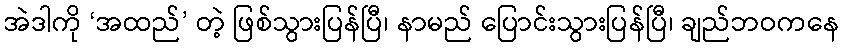
အဲဒါကို ‘အထည်’ တဲ့ ဖြစ်သွားပြန်ပြီ၊ နာမည် ပြောင်းသွားပြန်ပြီ၊ ချည်ဘဝကနေ